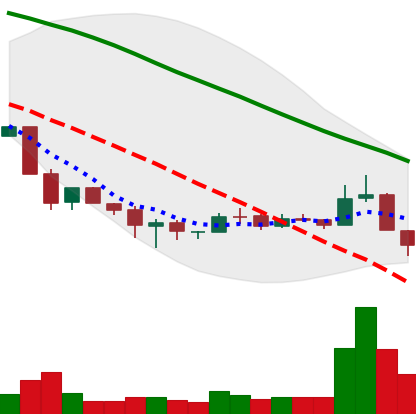
Ticker: BNB-USD
Chart end date: 2018-12-07
Forward return: 10.919%
Label: up_7plus